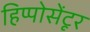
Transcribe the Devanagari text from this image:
हिप्पोसेंटूर